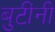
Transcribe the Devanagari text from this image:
बुटींनी